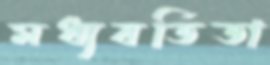
মধ্যবর্তিতা